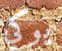
يوكي